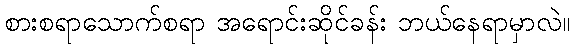
စားစရာသောက်စရာ အရောင်းဆိုင်ခန်း ဘယ်နေရာမှာလဲ။